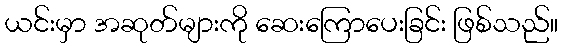
ယင်းမှာ အဆုတ်များကို ဆေးကြောပေးခြင်း ဖြစ်သည်။